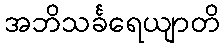
အဘိသင်္ခရေယျာတိ